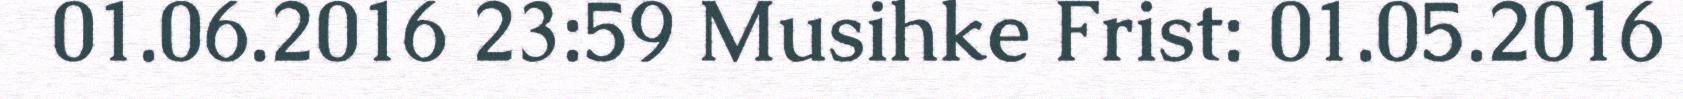
01.06.2016 23:59 Musihke Frist: 01.05.2016